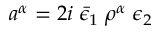
a ^ { \alpha } = 2 i \; \bar { \epsilon } _ { 1 } \; \rho ^ { \alpha } \; \epsilon _ { 2 }